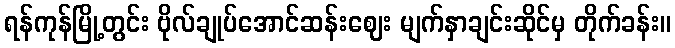
ရန်ကုန်မြို့တွင်း ဗိုလ်ချုပ်အောင်ဆန်းဈေး မျက်နှာချင်းဆိုင်မှ တိုက်ခန်း။